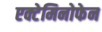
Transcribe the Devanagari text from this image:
एक्टेमिनोफेन